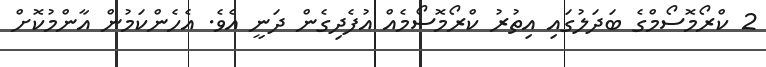
2 ކްރޯމޮސޯމްގެ ބަދަލުގައި އިތުރު ކްރޯމޮސޯމެއް އުފެދިގެން ދަނީ އެވެ. އެހެންކަމުން އާންމުކޮށް